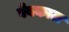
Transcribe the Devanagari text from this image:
वेबकाल